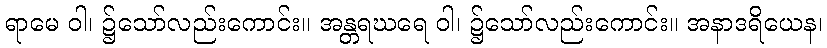
ရာမေ ဝါ၊ ၌သော်လည်းကောင်း။ အန္တရဃရေ ဝါ၊ ၌သော်လည်းကောင်း။ အနာဒရိယေန၊